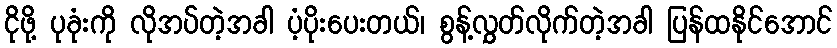
ငိုဖို့ ပုခုံးကို လိုအပ်တဲ့အခါ ပံ့ပိုးပေးတယ်၊ စွန့်လွှတ်လိုက်တဲ့အခါ ပြန်ထနိုင်အောင်